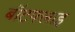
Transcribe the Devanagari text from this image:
बॉटफ्लाइ